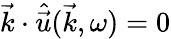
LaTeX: \vec{k}\cdot\hat{\vec{u}}(\vec{k},\omega)=0